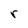
Character: r